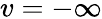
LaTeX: v=-\infty